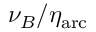
\nu _ { B } / \eta _ { \mathrm { a r c } }